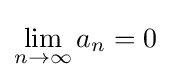
\lim _{n\to \infty }a_{n}=0